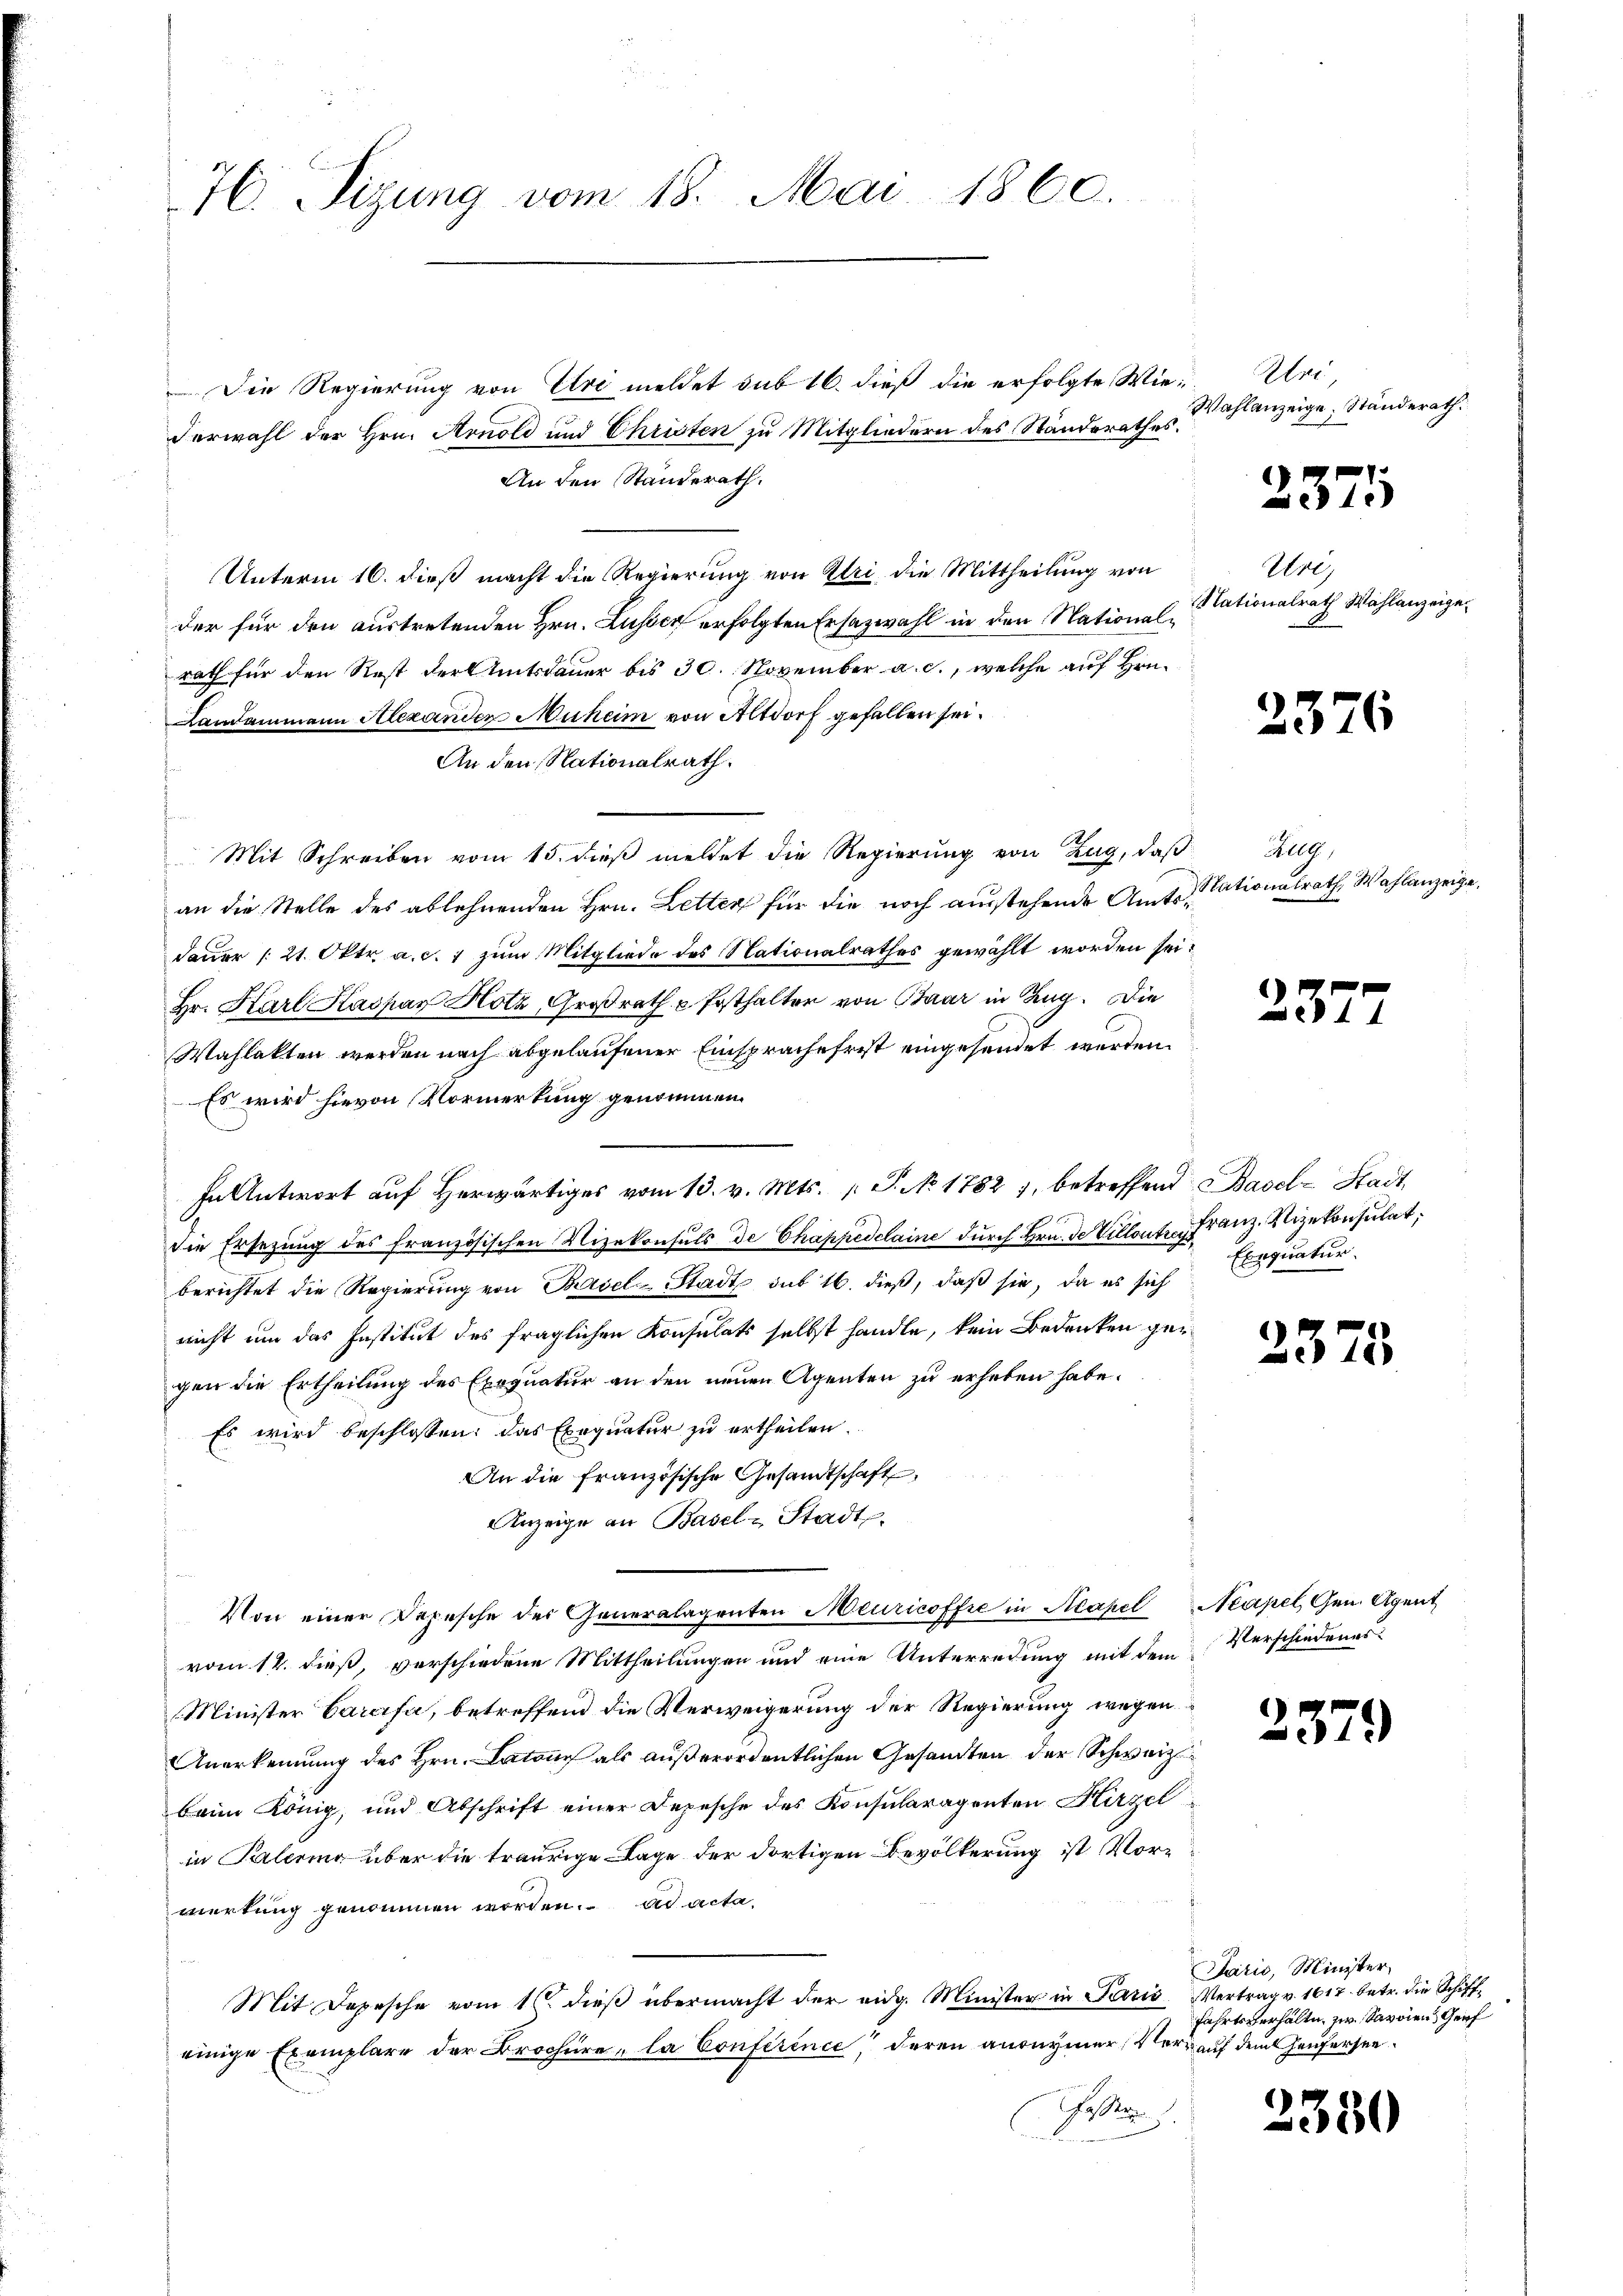
76. Sizung vom 18. Mai 1860.

Die Regierung von Uri meldet sub 16. dieß die erfolgte Wie¬
Verwahl der Hrn. Arnold und Christen zu Mitgliedern des Standerathes.
An den Standerath.
Unterm 16. dieß macht die Regierung von Uri die Mittheilung von
der für den austretenden Hrn. Lusser erfolgten Ersazwahl in der Nationalrath für den Rost der Amtsdauer bis 30. November a. c., welche auf Hrn.
Landammann Alexanden Muheim von Altdorf gefallen sei.
An den Nationalrath.
Mit Schreiben vom 15. dieß meldet die Regierung von Zug, daß Zug
an die Stelle des ablehnenden Hrn. Letten für die noch ausstehende Amts Stationalrath Wahlanzeige.
dauer /:21. Oktr. a. c. 1 zum Mitgliede des Nationalrathes gewählt worden sei.
Hr. Karl Kaspar Hotz, Großrath u Ersthalter von Baar in Zug. Die
Wahlakten werden nach abgelaufener Einsprache frist eingesendet werden.
Es wird hievon Vormerkung genommen.
In Antwort auf herwärtiges vom 13. v. Mts. (T. No 1782 7, betreffend Basel-Stadt
die Ersezung des französischen Vizekonsuls de Chappedelaine durch Hrn. De Villante Franz. Vizekonsulat,
berichtet die Regierung von Basel-Stadt sub 16. dieß, daß sie, da es sich
nicht um das Institut des fraglichen Konsulats selbst handle, kein Bedenken ger
gen die Ertheilung des Exequatur an den neuen Agenten zu erheben habe.
Es wird beschlossen: das Exequatur zu ertheilen.
An die französische Gesandtschaft
Anzeige an Basel-Stadt.
Von einer Depesche der Generalagenten Meuricoffre in Neapel Neapel, Gen. Agent
vom 14. dieß, verschiedene Mittheilungen und eine Unterredung mit dem
Minister Carcifa, betreffend die Verweigerung der Regierung wegen
Anerkennung des Hrn. Latone als außerordentlichen Gesandten der Schweiz
beim König, und Abschrift einer Depesche des Konsularagenten Hirzel
in Palering über die traurige Lage der dortigen Bevölkerung ist Vormerkung genommen worden. ad acta,
Mit Depesche vom 1. dieß übermacht der eidg. Minister in Paris Vertrag v. 1617 betr. die Schiffeinige Exemplare der Brochüre „la Conference, deren anonymer, Verkauf dem Genfersen¬
Gen.

Klei
Wahlanzeige. Ständerath

2574

Ureg
Nationalrath Wahlanzeige,

2376

237

Exequatur.

2375

Verschiedenes.

2379

Jarić, Minister,
fahrtsverhälte, zu Savoien, Gef

2350